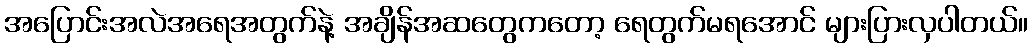
အပြောင်းအလဲအရေအတွက်နဲ့ အချိန်အဆတွေကတော့ ရေတွက်မရအောင် များပြားလှပါတယ်။